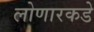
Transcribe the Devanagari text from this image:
लोणारकडे